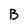
Character: B